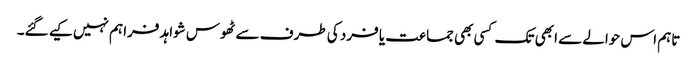
تاہم اس حوالے سے ابھی تک کسی بھی جماعت یا فرد کی طرف سے ٹھوس شواہد فراہم نہیں کیے گئے۔